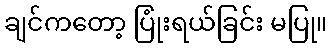
ချင်ကတော့ ပြုံးရယ်ခြင်း မပြု။